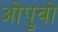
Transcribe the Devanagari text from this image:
ओपुवो